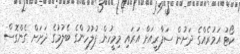
ކޯޓު އަމުރެއްގެ ދަށުން ސަފާރީއަށް އަރައި މިމީހުން ފުލުހުންގެ ބެލުމުގެ ދަށަށް ގެންގޮސް